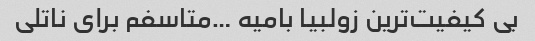
بی کیفیت‌ترین زولبیا بامیه …متاسفم برای ناتلی